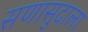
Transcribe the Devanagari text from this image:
सणासुदाला